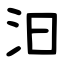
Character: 汩